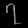
Digit: ၇